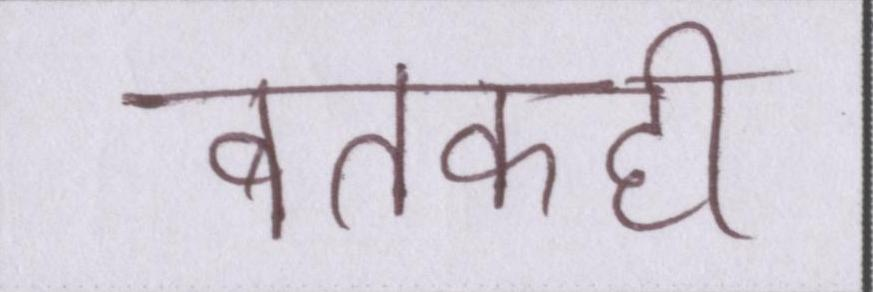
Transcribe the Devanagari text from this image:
बतकही